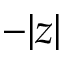
- | z |